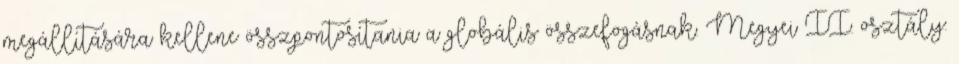
megállítására kellene összpontosítania a globális összefogásnak. Megyei II. osztály: